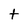
Character: t